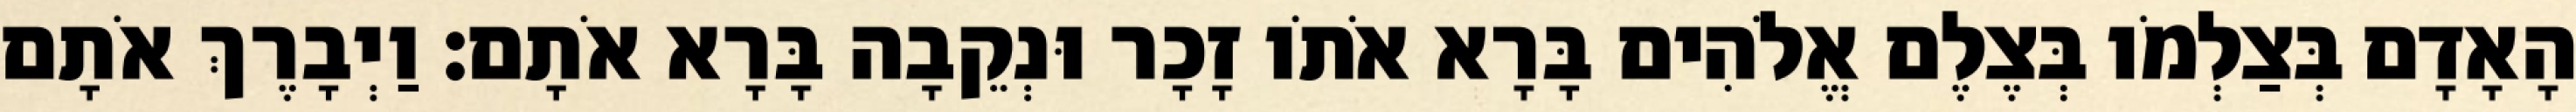
הָאָדָם בְּצַלְמֹו בְּצֶלֶם אֱלֹהִים בָּרָא אֹתֹו זָכָר וּנְקֵבָה בָּרָא אֹתָם׃ וַיְבָרֶךְ אֹתָם